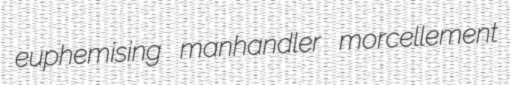
euphemising manhandler morcellement